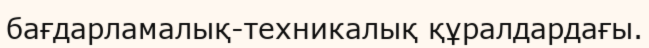
бағдарламалық-техникалық құралдардағы.